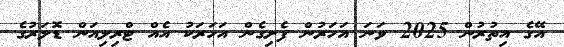
އޭގެ އިތުރުން 2025 ވަނަ އަހަރުން ފެށިގެން އަހަރަކު އެއް ޓްރިލިއަން ޑޮލަރުގެ